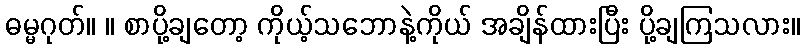
ဓမ္မဂုတ်။ ။ စာပို့ချတော့ ကိုယ့်သဘောနဲ့ကိုယ် အချိန်ထားပြီး ပို့ချကြသလား။